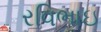
રવિભાઇ